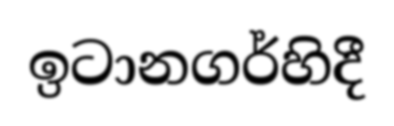
ඉටානගර්හිදී